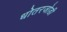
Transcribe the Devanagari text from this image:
धोतरजोडी